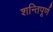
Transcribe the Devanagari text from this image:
शन्तिपूर्ण